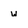
Character: w